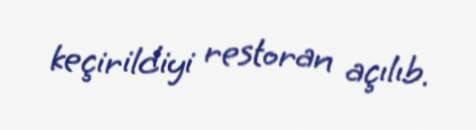
keçirildiyi restoran açılıb.